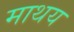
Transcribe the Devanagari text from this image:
माथय